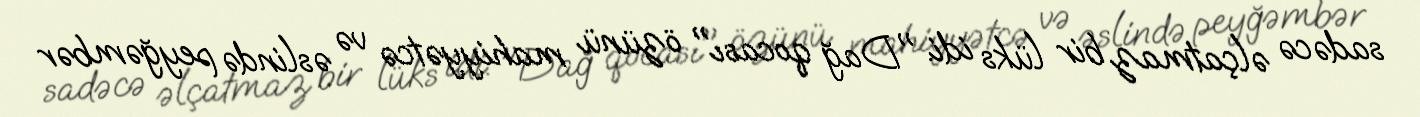
sadəcə əlçatmaz bir lüks idi. "Dağ qocası" özünü mahiyyətcə və əslində peyğəmbər